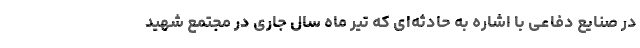
در صنایع دفاعی با اشاره به حادثه‌ای که تیر ماه سال جاری در مجتمع شهید